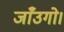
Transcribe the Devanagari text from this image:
जाँउगो।